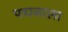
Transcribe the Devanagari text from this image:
पद्मजाला